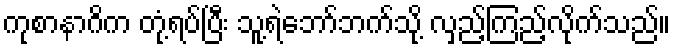
ကုစာနာဂိက တုံ့ရပ်ပြီး သူ့ရဲဘော်ဘက်သို့ လှည့်ကြည့်လိုက်သည်။